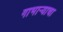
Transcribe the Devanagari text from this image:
गाभाऱ्याचा